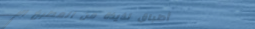
أطباق لذيذة من المطبخ الإ